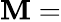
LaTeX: \mathbf{M}=